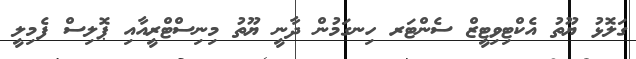
ގަލޮޅު ޔޫތު އެކްޓިވިޓީޒް ސެންޓަރ ހިނގަމުން ދާނީ ޔޫތު މިނިސްޓްރީއާއި ޕޮލިސް ފެމިލީ